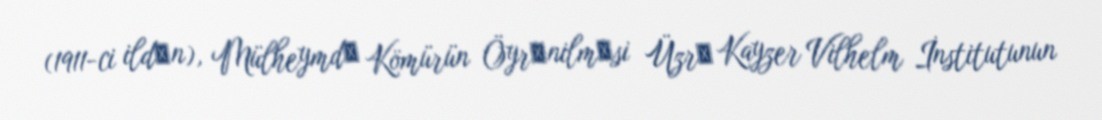
(1911-ci ildәn), Mülheymdә Kömürün Öyrәnilmәsi Üzrә Kayzer Vilhelm İnstitutunun